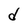
Character: d